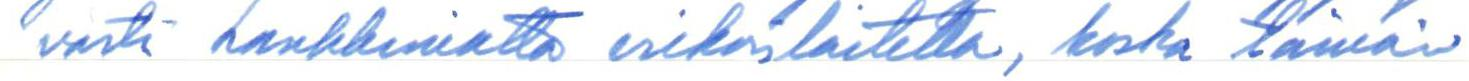
västi hankkimatta erikoislaitetta, koska tämän